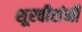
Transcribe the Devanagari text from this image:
शूरवीरांनी